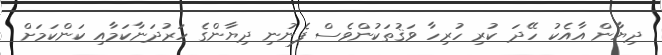
ދިޔާން އާއެކު ހޭދަ ކުރި ހުރިހާ ވަޤުތަކުންވެސް ފެނުނި ދިޔާންގެ ހަރުދަނާކަމާއި ކަންކަމަށް